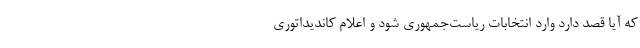
که آیا قصد دارد وارد انتخابات ریاست‌جمهوری شود و اعلام کاندیداتوری